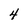
Character: 4